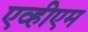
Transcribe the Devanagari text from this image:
एव्हीएम